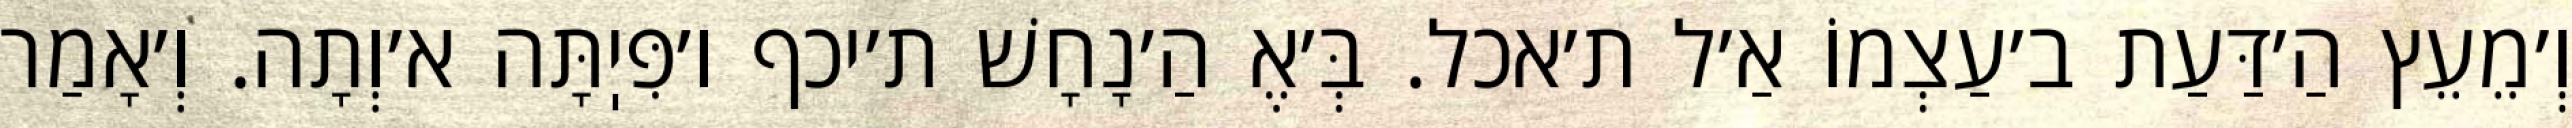
וְ׳מֵעֵץ הַ׳דַּעַת ב׳עַצְמוֹ אַ׳ל ת׳אכל. בְּ׳אֶ הַ׳נָחָשׁ ת׳יכף ו׳פִּיֽתָּה א׳וְתָה. וְ׳אָמַר